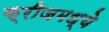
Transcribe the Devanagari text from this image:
क्रीजमध्ये